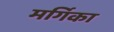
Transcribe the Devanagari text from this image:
मर्गिका